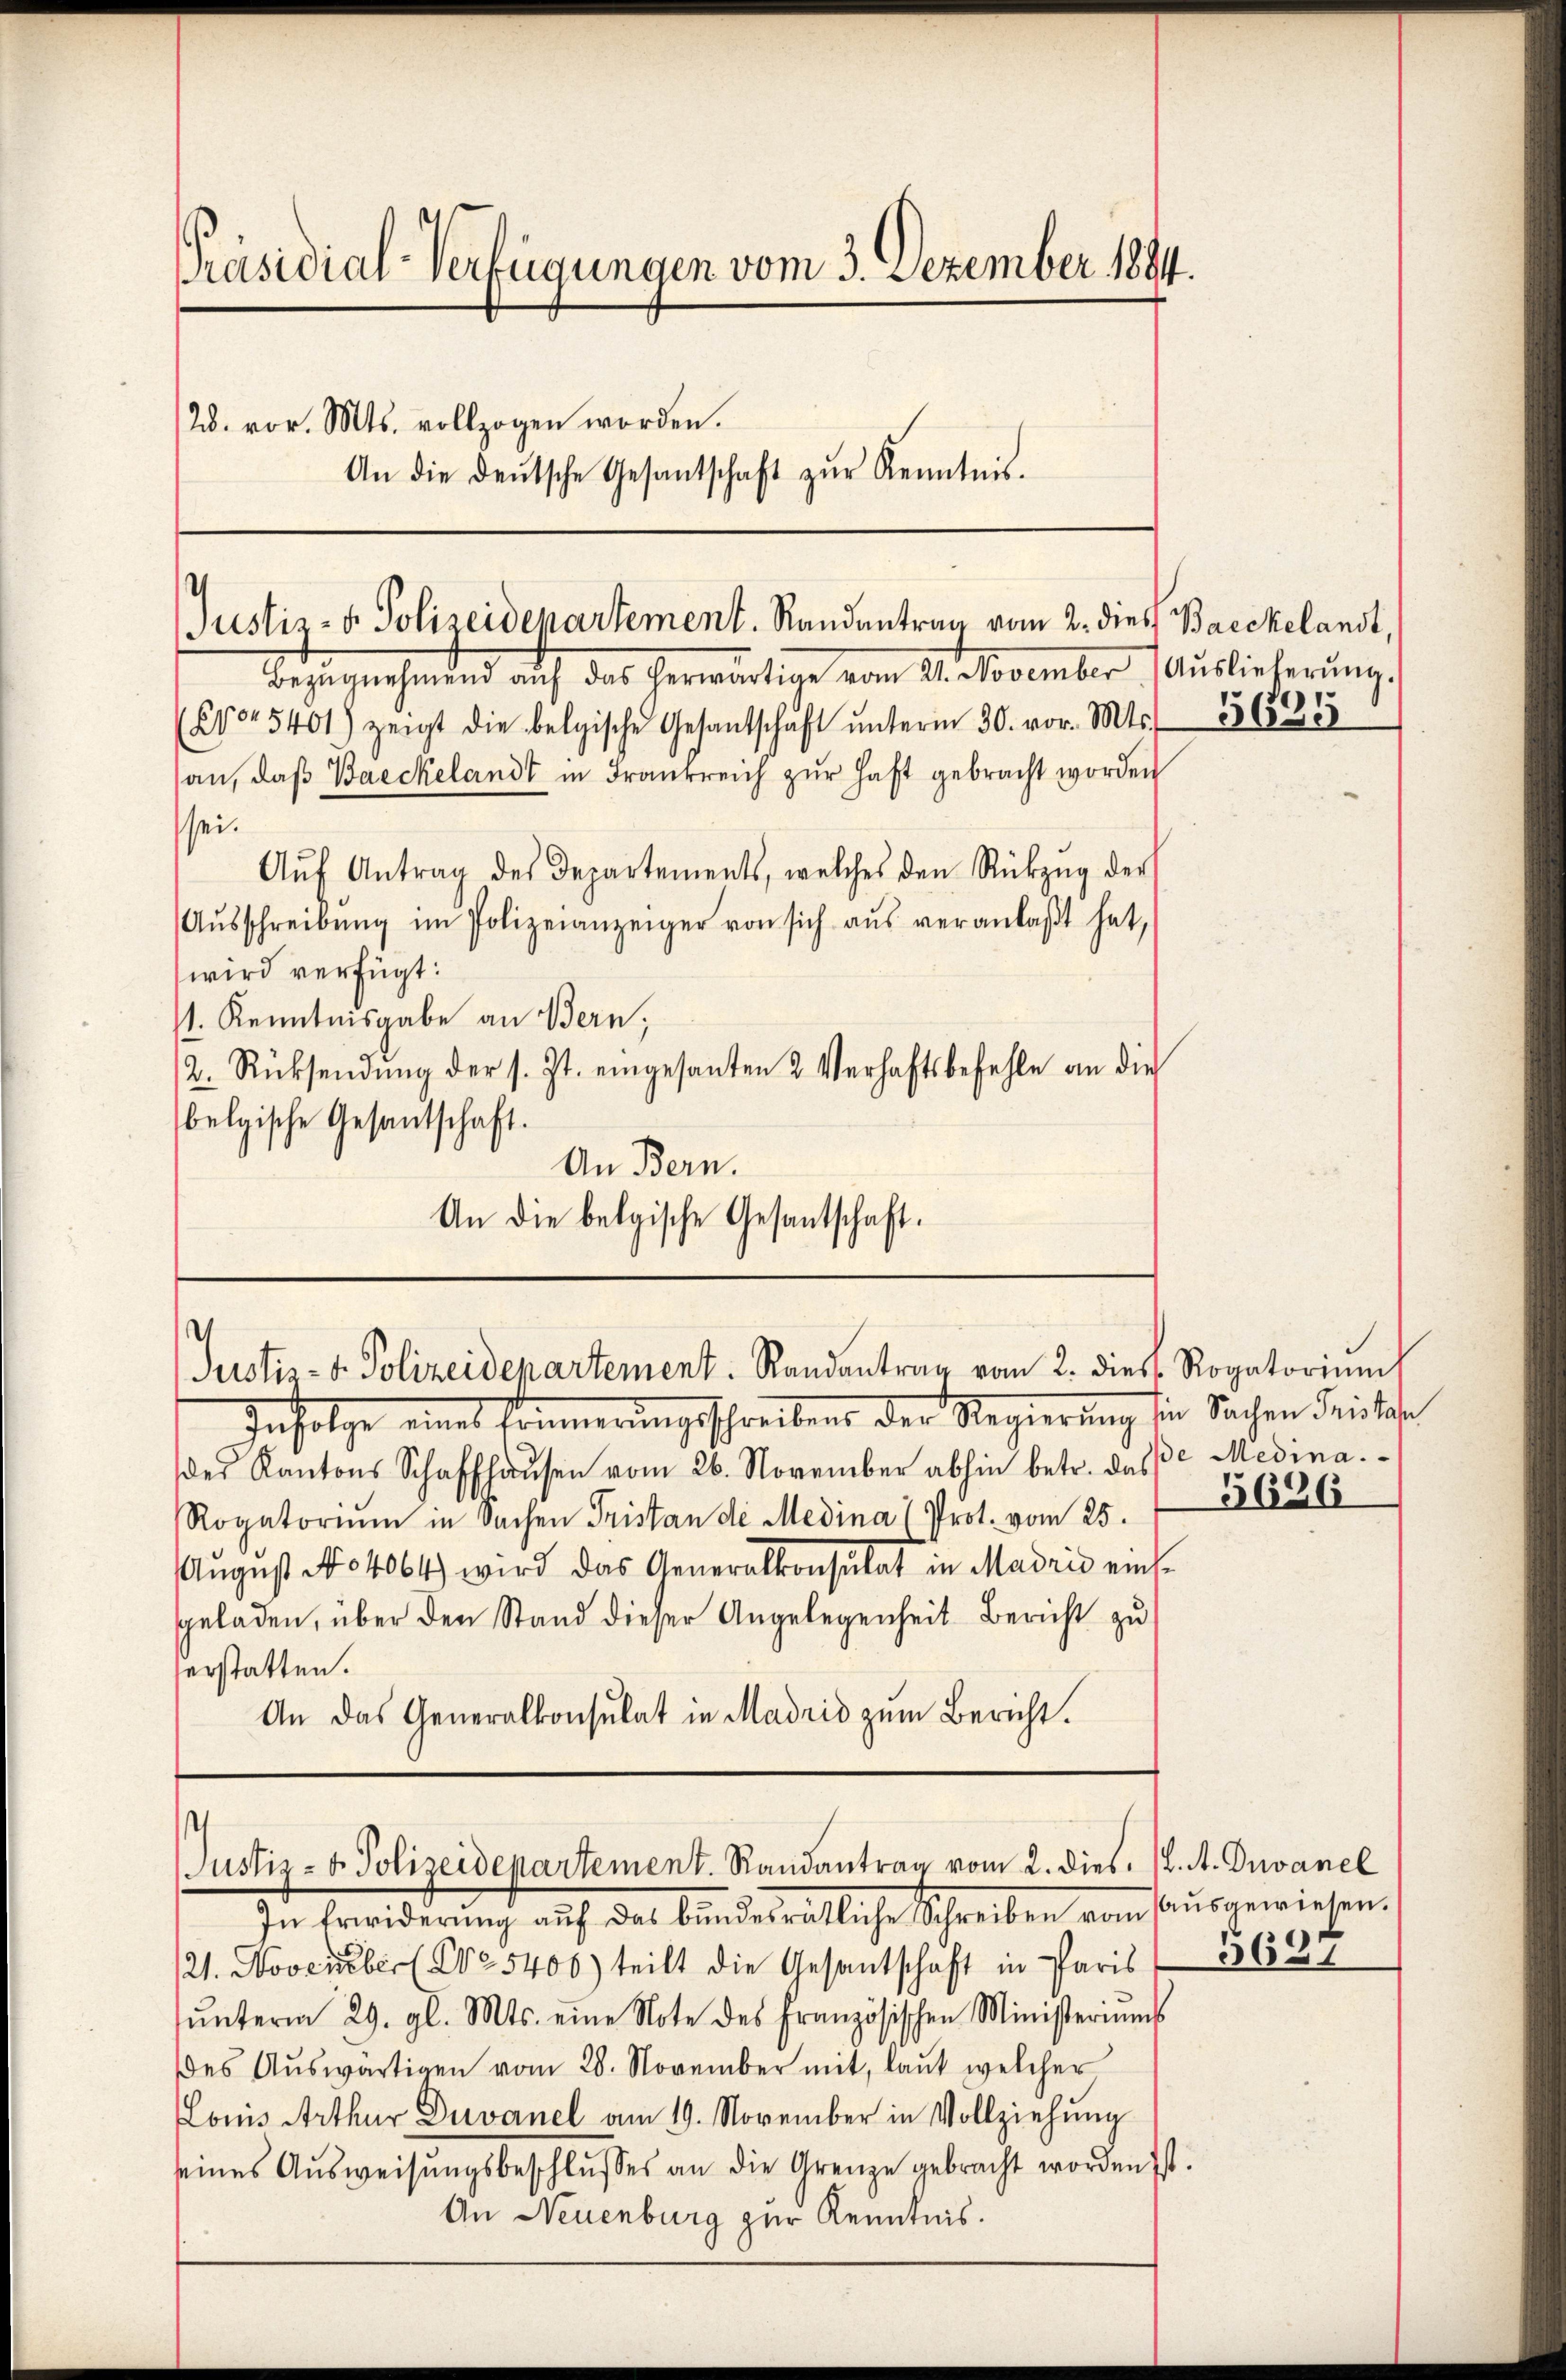
Präsidial-Verfügungen vom 3. Dezember 1894.
28. vor. Mts. vollzogen worden.
An die deŭtsche Gesantschaft zŭr Kenntnis.

Justiz- & Polizeidepartement. Randentrag vom 2. dies
Bezŭgnehmend aŭf das herwärtige vom 21. November Aŭslieferŭng.

(C45401) zeigt die belgische Gesantschaft ŭnterm 30. vor. Mts. 362
an, daβ Baeckelandt in Frankreich zŭr Haft gebracht worden
sei.
Aŭf Antrag des Departements, welches den Rückzŭg der
Aŭsschreibŭng im Polizeianzeiger von sich aŭs veranlaβt hat,
wird verfügt:
/1. Kenntnisgabe an Bern,
2. Rücksendŭng der s. Zt. eingesanten 2 Verhaftsbefehle an die
belgische Gesantschaft.
An Bern.
An die belgische Gesantschaft.

Justiz- u. Polizeidepartement. Randantrag vom 2. dies Rogatoriums

Infolge eines Erinnerungschreibens der Regierung sie Sachen Frische
des Kantons Schaffhaŭsen vom 26. November abhin betr. das Medina.
Rogatoriŭm in Sachen Fristan die Medina (Prot. vom 25.
August No 4064) wird das Generalkonsulat in Madrid einssgeladen, über den Stand dieser Angelegenheit Bericht zu
erstatten.
An das Generalkonsulat in Madrid zum Bericht.

Justiz- u. Polizeidepartement. Randantrag vom 2. dies. 1. A. Duvanel

In Erwiderung auf das bundesrätliche Schreiben vom ausgewiesen.
21. November No 5400) teilt die Gesantschaft in Paris
ŭnterm 29. gl. Mts. eine Note des Französischen Ministeriums
des Auswärtigen vom 28. November mit, laut welcher
Louis Arthur Duvanel am 19. November in Vollziehŭng
eines Aŭsweisŭngsbeschlŭsses an die Grenze gebracht worden ist.
An Neuenburg zur Kenntnis.

Baeckelandt

5626

5627